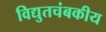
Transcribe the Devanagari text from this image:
विद्युतचंबकीय